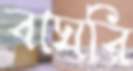
বাঘরি